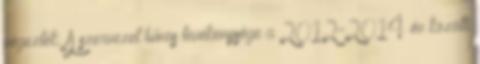
végezték. A szervezet bűnös tevékenysége a 2012-2014. év közötti